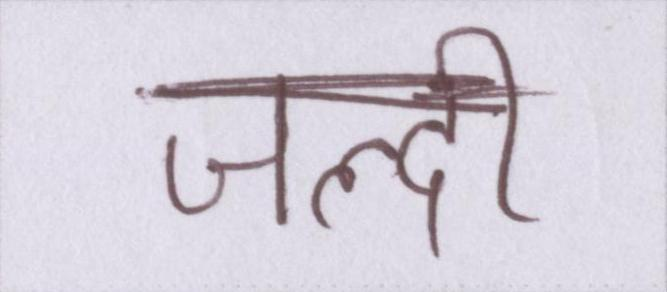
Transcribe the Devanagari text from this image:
जल्दी